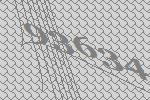
93634